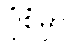
ပုံစံမှာ